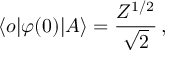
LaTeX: \langle o | \varphi ( 0 ) | A \rangle = \frac { Z ^ { 1 / 2 } } { \sqrt { 2 } } \, ,